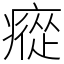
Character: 瘲